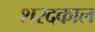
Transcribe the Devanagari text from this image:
शरदकाल